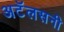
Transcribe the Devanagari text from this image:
अटॅलसनी